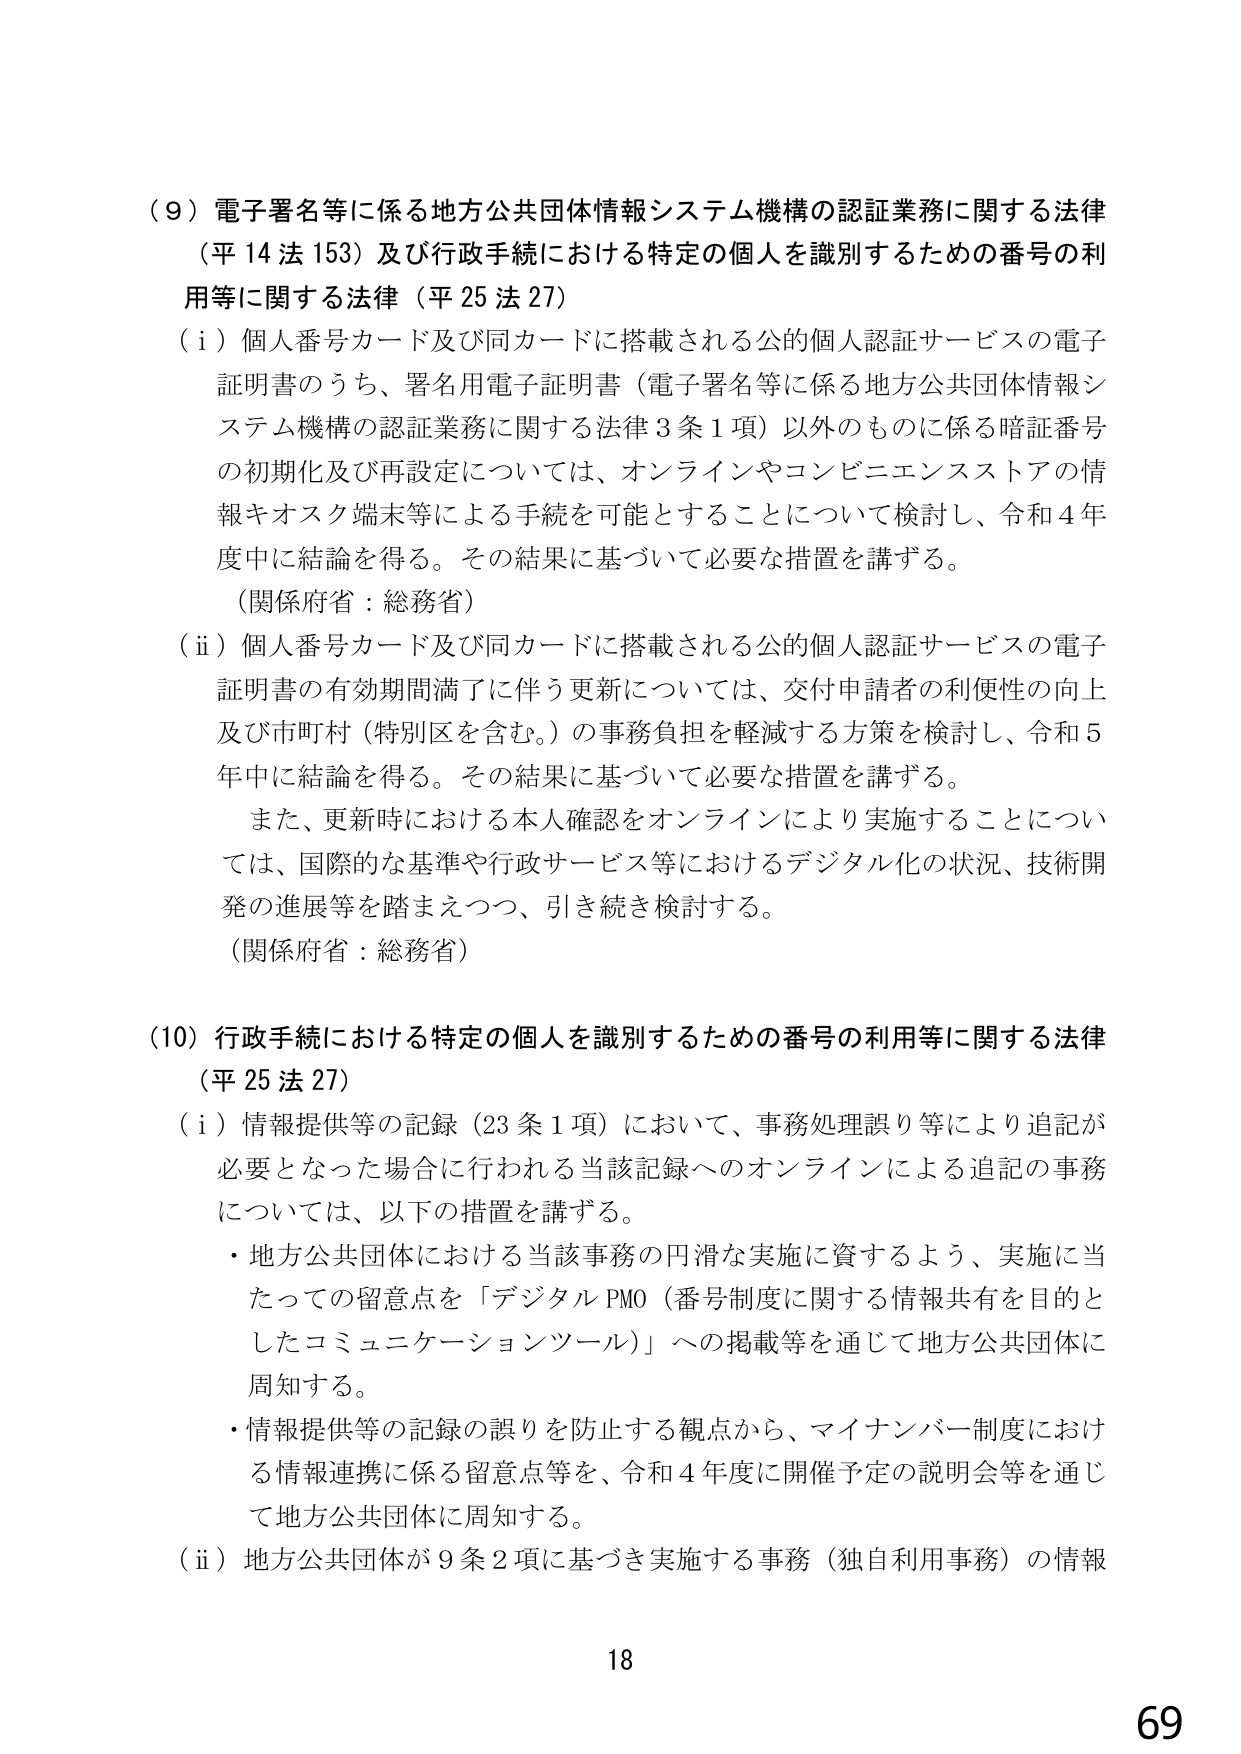
（９）電子署名等に係る地方公共団体情報システム機構の認証業務に関する法律
（平14法153）及び行政手続における特定の個人を識別するための番号の利用等に関する法律（平25法27）
（ｉ）個人番号カード及び同カードに搭載される公的個人認証サービスの電子証明書のうち、署名用電子証明書（電子署名等に係る地方公共団体情報システム機構の認証業務に関する法律3条1項）以外のものに係る暗証番号の初期化及び再設定については、オンラインやコンビニエンスストアの情報キオスク端末等による手続を可能とすることについて検討し、令和4年度中に結論を得る。その結果に基づいて必要な措置を講ずる。
（関係府省：総務省）
（ⅱ）個人番号カード及び同カードに搭載される公的個人認証サービスの電子証明書の有効期間満了に伴う更新については、交付申請者の利便性の向上及び市町村（特別区を含む。）の事務負担を軽減する方策を検討し、令和5年中に結論を得る。その結果に基づいて必要な措置を講ずる。
　また、更新時における本人確認をオンラインにより実施することについては、国際的な基準や行政サービス等におけるデジタル化の状況、技術開発の進展等を踏まえつつ、引き続き検討する。
（関係府省：総務省）

（10）行政手続における特定の個人を識別するための番号の利用等に関する法律
（平25法27）
（ｉ）情報提供等の記録（23条1項）において、事務処理誤り等により追記が必要となった場合に行われる当該記録へのオンラインによる追記の事務については、以下の措置を講ずる。
・地方公共団体における当該事務の円滑な実施に資するよう、実施に当たっての留意点を「デジタルPMO（番号制度に関する情報共有を目的としたコミュニケーションツール）」への掲載等を通じて地方公共団体に周知する。
・情報提供等の記録の誤りを防止する観点から、マイナンバー制度における情報連携に係る留意点等を、令和4年度に開催予定の説明会等を通じて地方公共団体に周知する。
（ⅱ）地方公共団体が9条2項に基づき実施する事務（独自利用事務）の情報

18
69